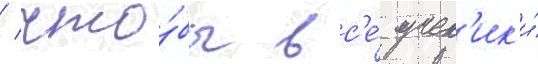
/ что́бы вс'е́ учен'ик'и́